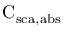
\mathrm { C _ { \mathrm { { s c a , a b s } } } }